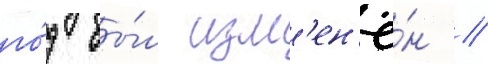
го́д бы́л изм'ен'ё́н //